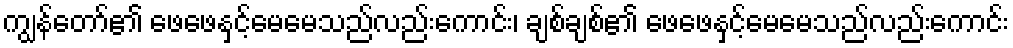
ကျွန်တော်၏ ဖေဖေနှင့်မေမေသည်လည်းကောင်း၊ ချစ်ချစ်၏ ဖေဖေနှင့်မေမေသည်လည်းကောင်း